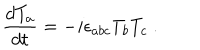
\frac { d T _ { a } } { d t } = - i \epsilon _ { a b c } T _ { b } T _ { c } ~ .